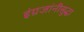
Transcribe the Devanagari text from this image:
इंग्रजांनीसुद्धा